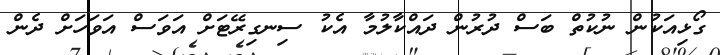
ގޯޅިއަކުން ނުކުތް ބަސް ދުރުން ދައްކާލުމާ އެކު ސިނގިރޭޓަށް އަވަސް އަވަހަށް ދެން